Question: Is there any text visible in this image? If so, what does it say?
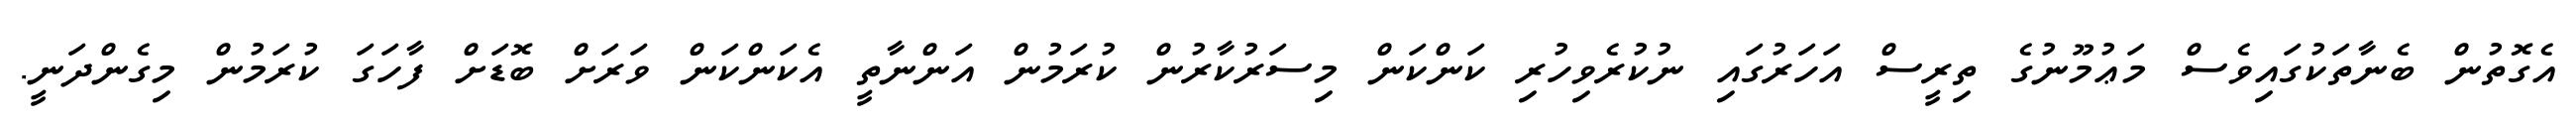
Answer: އެގޮތުން ބެނާތަކުގައިވެސް މަޢުމޫނުގެ ތިރީސް އަހަރުގައި ނުކުރެވިހުރި ކަންކަން މިސަރުކާރުން ކުރަމުން އަންނާތީ އެކަންކަން ވަރަށް ބޮޑަށް ފާހަގަ ކުރަމުން މިގެންދަނީ.